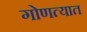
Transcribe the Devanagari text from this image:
गोणत्यात